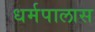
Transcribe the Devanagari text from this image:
धर्मपालास